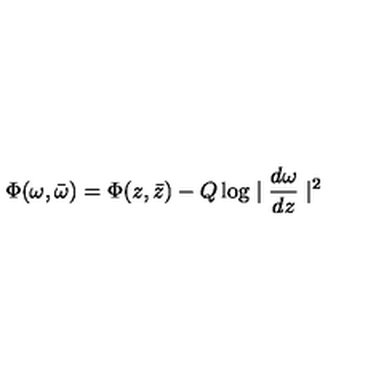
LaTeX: \Phi ( \omega , \bar { \omega } ) = \Phi ( z , \bar { z } ) - Q \log \mid \frac { d \omega } { d z } \mid ^ { 2 }